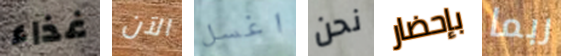
غذاء الآن اغسل نحن بإحضار ربما